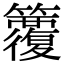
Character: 𥷱